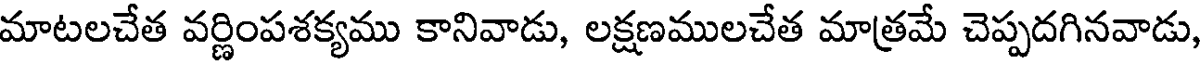
మాటలచేత వర్ణింపశక్యము కానివాడు, లక్షణములచేత మాత్రమే చెప్పదగినవాడు,